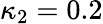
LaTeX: \kappa_{2}=0.2